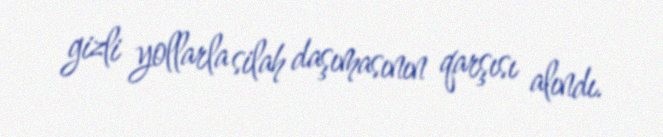
gizli yollarla silah daşımasının qarşısı alındı.